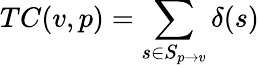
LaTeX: TC(v,p)=\sum_{s\in S_{p\rightarrow v}}\delta(s)